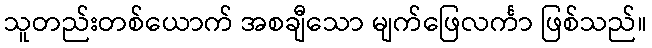
သူတည်းတစ်ယောက် အစချီသော မျက်ဖြေလင်္ကာ ဖြစ်သည်။